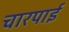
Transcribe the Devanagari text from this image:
चारपार्इ